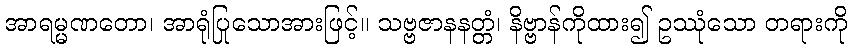
အာရမ္မဏတော၊ အာရုံပြုသောအားဖြင့်။ သဗ္ဗဇာနနတ္တံ၊ နိဗ္ဗာန်ကိုထား၍ ဥဿုံသော တရားကို